Lunatic asylums in Bengal annual reports 1888-1898 - 1888-1898
Year: 1888
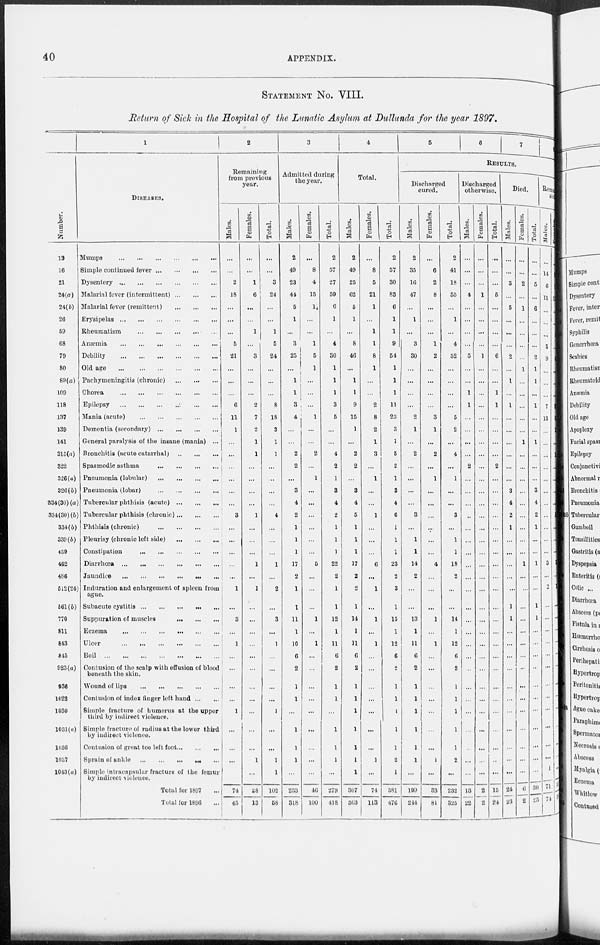
40
APPENDIX.
STATEMENT No. VIII.
Return of Sick in the Hospital of the Lunatic Asylum at Dullunda for the year 1897.
Number.
13
16
21
24(a)
24(b)
26
59
68
79
80
89(a)
109
118
137
139
141
315(a)
322
326(a)
326(b)
334(30)(a)
334(30)(b)
334(b)
339(b)
459
462
486
512(24)
561(b)
770
811
843
845
923(a)
936
1022
1030
1031(a)
1036
1037
1043(a)
1
DISEASES.
Mumps ... ... ... ... ... ...
Simple continued fever
...
...
...
...
Dysentery
...
...
...
...
...
...
Malarial fever (intermittent)
...
...
...
Malarial fever (remittent)
...
...
...
Erysipelas
...
...
...
...
...
...
Rheumatism
...
...
...
...
...
Anæmia
...
...
...
...
...
...
Debility
...
...
...
...
...
...
Old age
...
...
...
...
...
...
Pachymeningitis (chronic)
...
...
...
Chorea
...
...
...
...
...
...
Epilepsy
...
...
...
...
...
...
Mania (acute)
...
...
...
...
...
Dementia (secondary)
...
...
...
...
General paralysis of the insane (mania) ...
Bronchitis (acute catarrhal)
...
...
...
Spasmodic asthma
...
...
...
...
Pneumonia (lobular)
...
...
...
...
Pneumonia (lobar)
...
...
...
...
Tubercular phthisis (acute)
...
...
...
Tubercular phthisis (chronic) ... ... ...
Phthisis (chronic)
...
...
...
...
Pleurisy (chronic left side)
...
...
...
Constipation
...
...
...
...
...
Diarrhœa
...
...
...
...
...
...
Jaundice ... ... ... ... ... ...
Induration and enlargement of spleen from
ague.
Subacute cystitis
...
...
...
...
...
Suppuration of muscles
...
...
...
Eczema
...
...
...
...
...
...
Ulcer ... ... ... ... ... ...
Boil
...
...
...
...
...
...
...
Contusion of the scalp with effusion of blood
beneath the skin.
Wound of lips
...
...
...
...
...
Contusion of index finger left hand ... ...
Simple fracture of humerus at the upper
third by indirect violence.
Simple fracture of radius at the lower third
by indued violence.
Contusion of great too left foot ... ... ...
Sprain of ankle ... ... ... ... ...
Simple intracapsular fracture of the femur
by indirect violence.
Total for 1897 ...
Total for 1896 ...
2
Remaining
from previous
year.
Males.
...
...
2
18
...
...
...
5
21
...
...
...
6
11
1
...
...
...
...
...
...
3
...
...
...
...
...
1
...
3
...
1
...
...
...
...
1
...
...
...
...
74
45
Females.
...
...
1
6
...
...
1
...
3
...
...
...
2
7
2
1
1
...
...
...
...
1
...
...
...
1
...
1
...
...
...
...
...
...
...
...
...
...
...
1
...
28
13
Total.
...
...
3
24
...
...
1
5
24
...
...
...
8
18
3
1
1
...
...
...
...
4
...
...
...
1
...
2
...
3
...
1
...
...
...
...
1
...
...
1
1
102
58
3
Admitted during
the year.
Males.
2
49
23
44
5
1
...
3
25
...
1
1
3
4
...
...
2
2
...
3
4
2
1
1
1
17
2
1
1
11
1
10
6
2
1
1
...
1
1
1
...
233
318
Females.
...
8
4
15
1
...
...
1
5
1
...
...
...
1
...
...
2
...
1
...
...
...
...
...
...
5
...
...
...
1
...
1
...
...
...
...
...
...
...
...
...
46
100
Total.
2
57
27
59
6
1
...
4
30
1
1
1
3
5
...
...
4
2
1
3
4
2
1
1
1
22
2
1
1
12
1
11
6
2
1
1
...
1
1
1
...
279
418
4
Total.
Males.
2
49
25
62
5
1
...
8
46
...
1
1
9
15
1
...
2
2
...
3
4
5
1
1
1
17
2
2
1
14
1
11
6
2
1
1
1
1
1
1
1
307
363
Females.
...
8
5
21
1
...
1
1
8
1
...
...
2
8
2
1
3
...
1
...
...
1
...
...
...
6
...
1
...
1
...
1
...
...
...
...
...
...
...
1
...
74
113
Total.
2
57
30
83
6
1
1
9
54
1
1
1
11
23
3
1
5
2
1
3
4
6
1
1
1
23
2
3
1
15
1
12
6
2
1
1
1
1
1
2
1
381
476
5
6
7
RESULTS.
Discharged
cured.
Males.
2
35
16
47
...
1
...
3
30
...
...
...
...
2
1
...
2
...
...
...
...
3
...
1
1
14
2
...
...
13
1
11
6
2
1
1
1
1
1
1
...
199
244
Females.
...
6
2
8
...
...
...
1
2
...
...
...
...
3
1
...
2
...
1
...
...
...
...
...
...
4
...
...
...
1
...
1
...
...
...
...
1
...
...
1
...
33
81
Total.
2
41
18
55
...
1
...
4
32
...
...
...
...
5
2
...
4
...
1
...
...
3
...
1
1
18
2
...
...
14
1
12
6
2
1
1
1
1
1
2
...
232
325
Discharged
otherwise.
Males.
...
...
...
4
...
...
...
...
5
...
...
1
1
...
...
...
...
2
...
...
...
...
...
...
...
...
...
...
...
...
...
...
...
...
...
...
...
...
...
...
...
13
22
Females.
...
...
...
1
...
...
...
...
1
...
...
...
...
...
...
...
...
...
...
...
...
...
...
...
...
...
...
...
...
...
...
...
...
...
...
...
...
...
...
...
...
2
2
Total.
...
...
...
5
...
...
...
...
6
...
...
1
1
...
...
...
...
2
...
...
...
...
...
...
...
...
...
...
...
...
...
...
...
...
...
...
...
...
...
...
...
15
24
Died.
Males.
...
...
3
...
5
...
...
...
2
...
1
...
1
...
...
...
...
...
...
3
4
2
1
...
...
...
...
...
1
1
...
...
...
...
...
...
...
...
...
...
...
24
23
Females.
...
...
2
...
1
...
...
...
...
1
...
...
...
...
...
1
...
...
...
...
...
...
...
...
...
1
...
...
...
...
...
...
...
...
...
...
...
...
...
...
...
6
2
Total.
...
...
5
...
6
...
...
...
2
1
1
...
1
...
...
1
...
...
...
3
4
2
1
...
...
1
...
...
1
1
...
...
...
...
...
...
...
...
...
...
...
30
25
Remaining
sick.
Males.
...
14
6
11
...
...
...
5
9
...
...
...
7
13
...
...
...
...
...
...
...
...
...
...
...
3
...
...
...
...
...
...
...
...
...
...
...
...
...
...
1
71
74
...
...
...
...
...
2
5
1
...
1
...
...
...
...
1
...
...
...
1
...
...
...
...
...
...
...
...
...
...
...
...
...
...